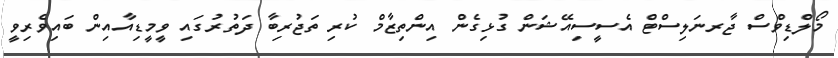
މޯލްޑިވްސް ޖާރނަލިސްޓް އެސީސިއޭޝަން ގުޅިގެން އިންތިޒާމް ކުރި ތަޖުރިބާ ދަތުރުގައި ވީމީޑިއާއިން ބައިވެރިވީ